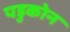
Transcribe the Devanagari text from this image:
पडुकोन